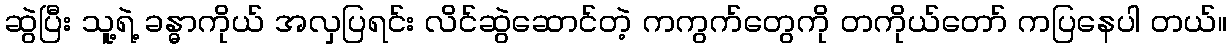
ဆွဲပြီး သူ့ရဲ့ ခန္ဓာကိုယ် အလှပြရင်း လိင်ဆွဲဆောင်တဲ့ ကကွက်တွေကို တကိုယ်တော် ကပြနေပါ တယ်။